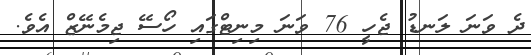
ދެ ވަނަ ލަނޑު ޖެހީ 76 ވަނަ މިނިޓްގައި ހޯސޭ ޖިމެނޭޒް އެވެ.